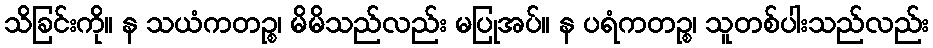
သိခြင်းကို။ န သယံကတဉ္စ၊ မိမိသည်လည်း မပြုအပ်။ န ပရံကတဉ္စ၊ သူတစ်ပါးသည်လည်း